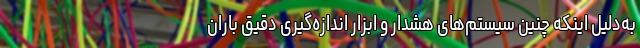
به‌دلیل اینکه چنین سیستم‌های هشدار و ابزار اندازه‌گیری دقیق باران